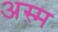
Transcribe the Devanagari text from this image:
अस्म